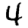
Digit: 4